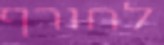
לחורף